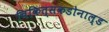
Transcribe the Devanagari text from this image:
चिकित्सकडोनाल्ड